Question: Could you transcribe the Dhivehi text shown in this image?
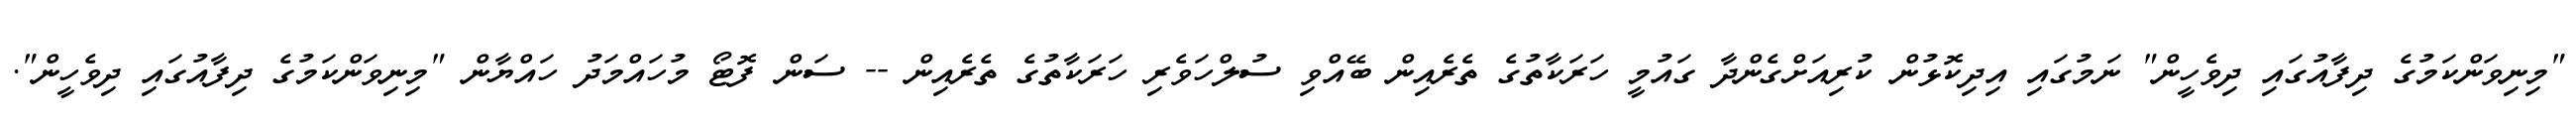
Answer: "މިނިވަންކަމުގެ ދިފާއުގައި ދިވެހީން" ނަމުގައި އިދިކޮޅުން ކުރިއަށްގެންދާ ގައުމީ ހަރަކާތުގެ ތެރެއިން ބޭއްވި ސުލްހަވެރި ހަރަކާތުގެ ތެރެއިން -- ސަން ފޮޓޯ މުހައްމަދު ހައްޔާން "މިނިވަންކަމުގެ ދިފާއުގައި ދިވެހީން".